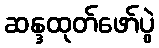
ဆန္ဒထုတ်ဖော်ပွဲ